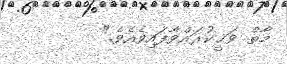
މާތް ވަޙީކުރައްވާފައިވެއެވެ."